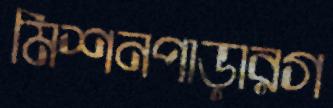
মিশনপাড়ারগ